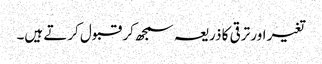
تغیر اور ترقی کا ذریعہ سمجھ کر قبول کرتے ہیں۔